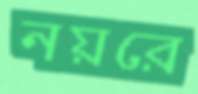
নয়রে